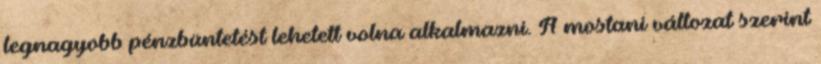
legnagyobb pénzbüntetést lehetett volna alkalmazni. A mostani változat szerint